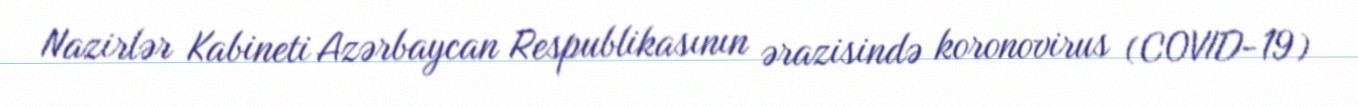
Nazirlər Kabineti Azərbaycan Respublikasının ərazisində koronovirus (COVID-19)